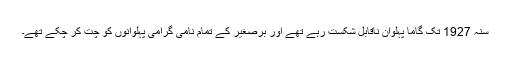
سنہ 1927 تک گاما پہلوان ناقابل شکست رہے تھے اور برصغیر کے تمام نامی گرامی پہلوانوں کو چت کر چکے تھے۔